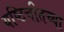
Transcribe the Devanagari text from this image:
यष्टिचीतच्या